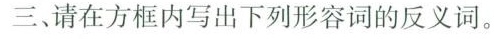
三、请在方框内写出下列形容词的反义词。